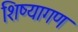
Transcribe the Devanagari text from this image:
शिष्यागण